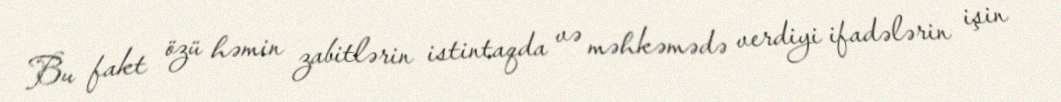
Bu fakt özü həmin zabitlərin istintaqda və məhkəmədə verdiyi ifadələrin işin